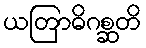
ယတြာဓိဂစ္ဆတိ